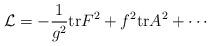
LaTeX: \begin{align*}{\cal L} = - \frac{1}{g^2} \mbox{tr} F^2 + f^2 \mbox{tr} A^2 + \cdots \end{align*}